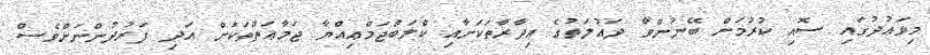
މިވަޢުދުގައި ސޮއި ކުރުމަށް ބޭނުންވާ ދައުލަތުގެ އިދާރާތަކަށާއި ކްލަބްޖަމްޢިއްޔާ ޖަމާޢަތްތަކަށް އަދި ފަރުދުންނަށްވެސް